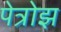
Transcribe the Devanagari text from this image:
पेत्रोझ